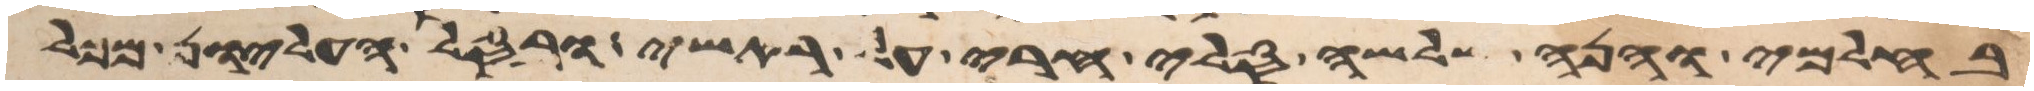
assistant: בחלמי והנה שלשה סלי חרי על ראשי ובסל העליון מכל